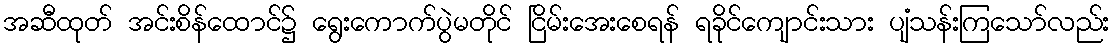
အဆီထုတ် အင်းစိန်ထောင်၌ ရွေးကောက်ပွဲမတိုင် ငြိမ်းအေးစေရန် ရခိုင်ကျောင်းသား ပျံသန်းကြသော်လည်း